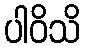
ပါဝိသိ